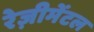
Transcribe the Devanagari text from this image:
रेज़ीमेंटल